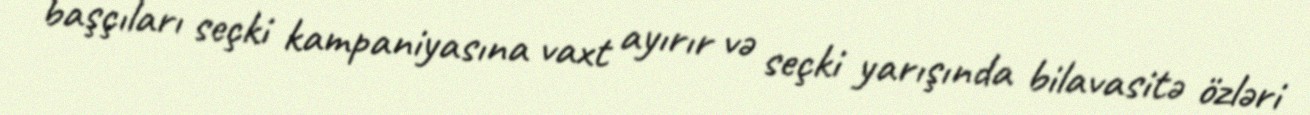
başçıları seçki kampaniyasına vaxt ayırır və seçki yarışında bilavasitə özləri